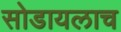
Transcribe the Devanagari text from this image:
सोडायलाच